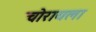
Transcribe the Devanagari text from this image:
चोरायला